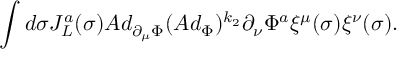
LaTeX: \int d \sigma J _ { L } ^ { a } ( \sigma ) A d _ { \partial _ { \mu } \Phi } ( A d _ { \Phi } ) ^ { k _ { 2 } } \partial _ { \nu } \Phi ^ { a } \xi ^ { \mu } ( \sigma ) \xi ^ { \nu } ( \sigma ) .